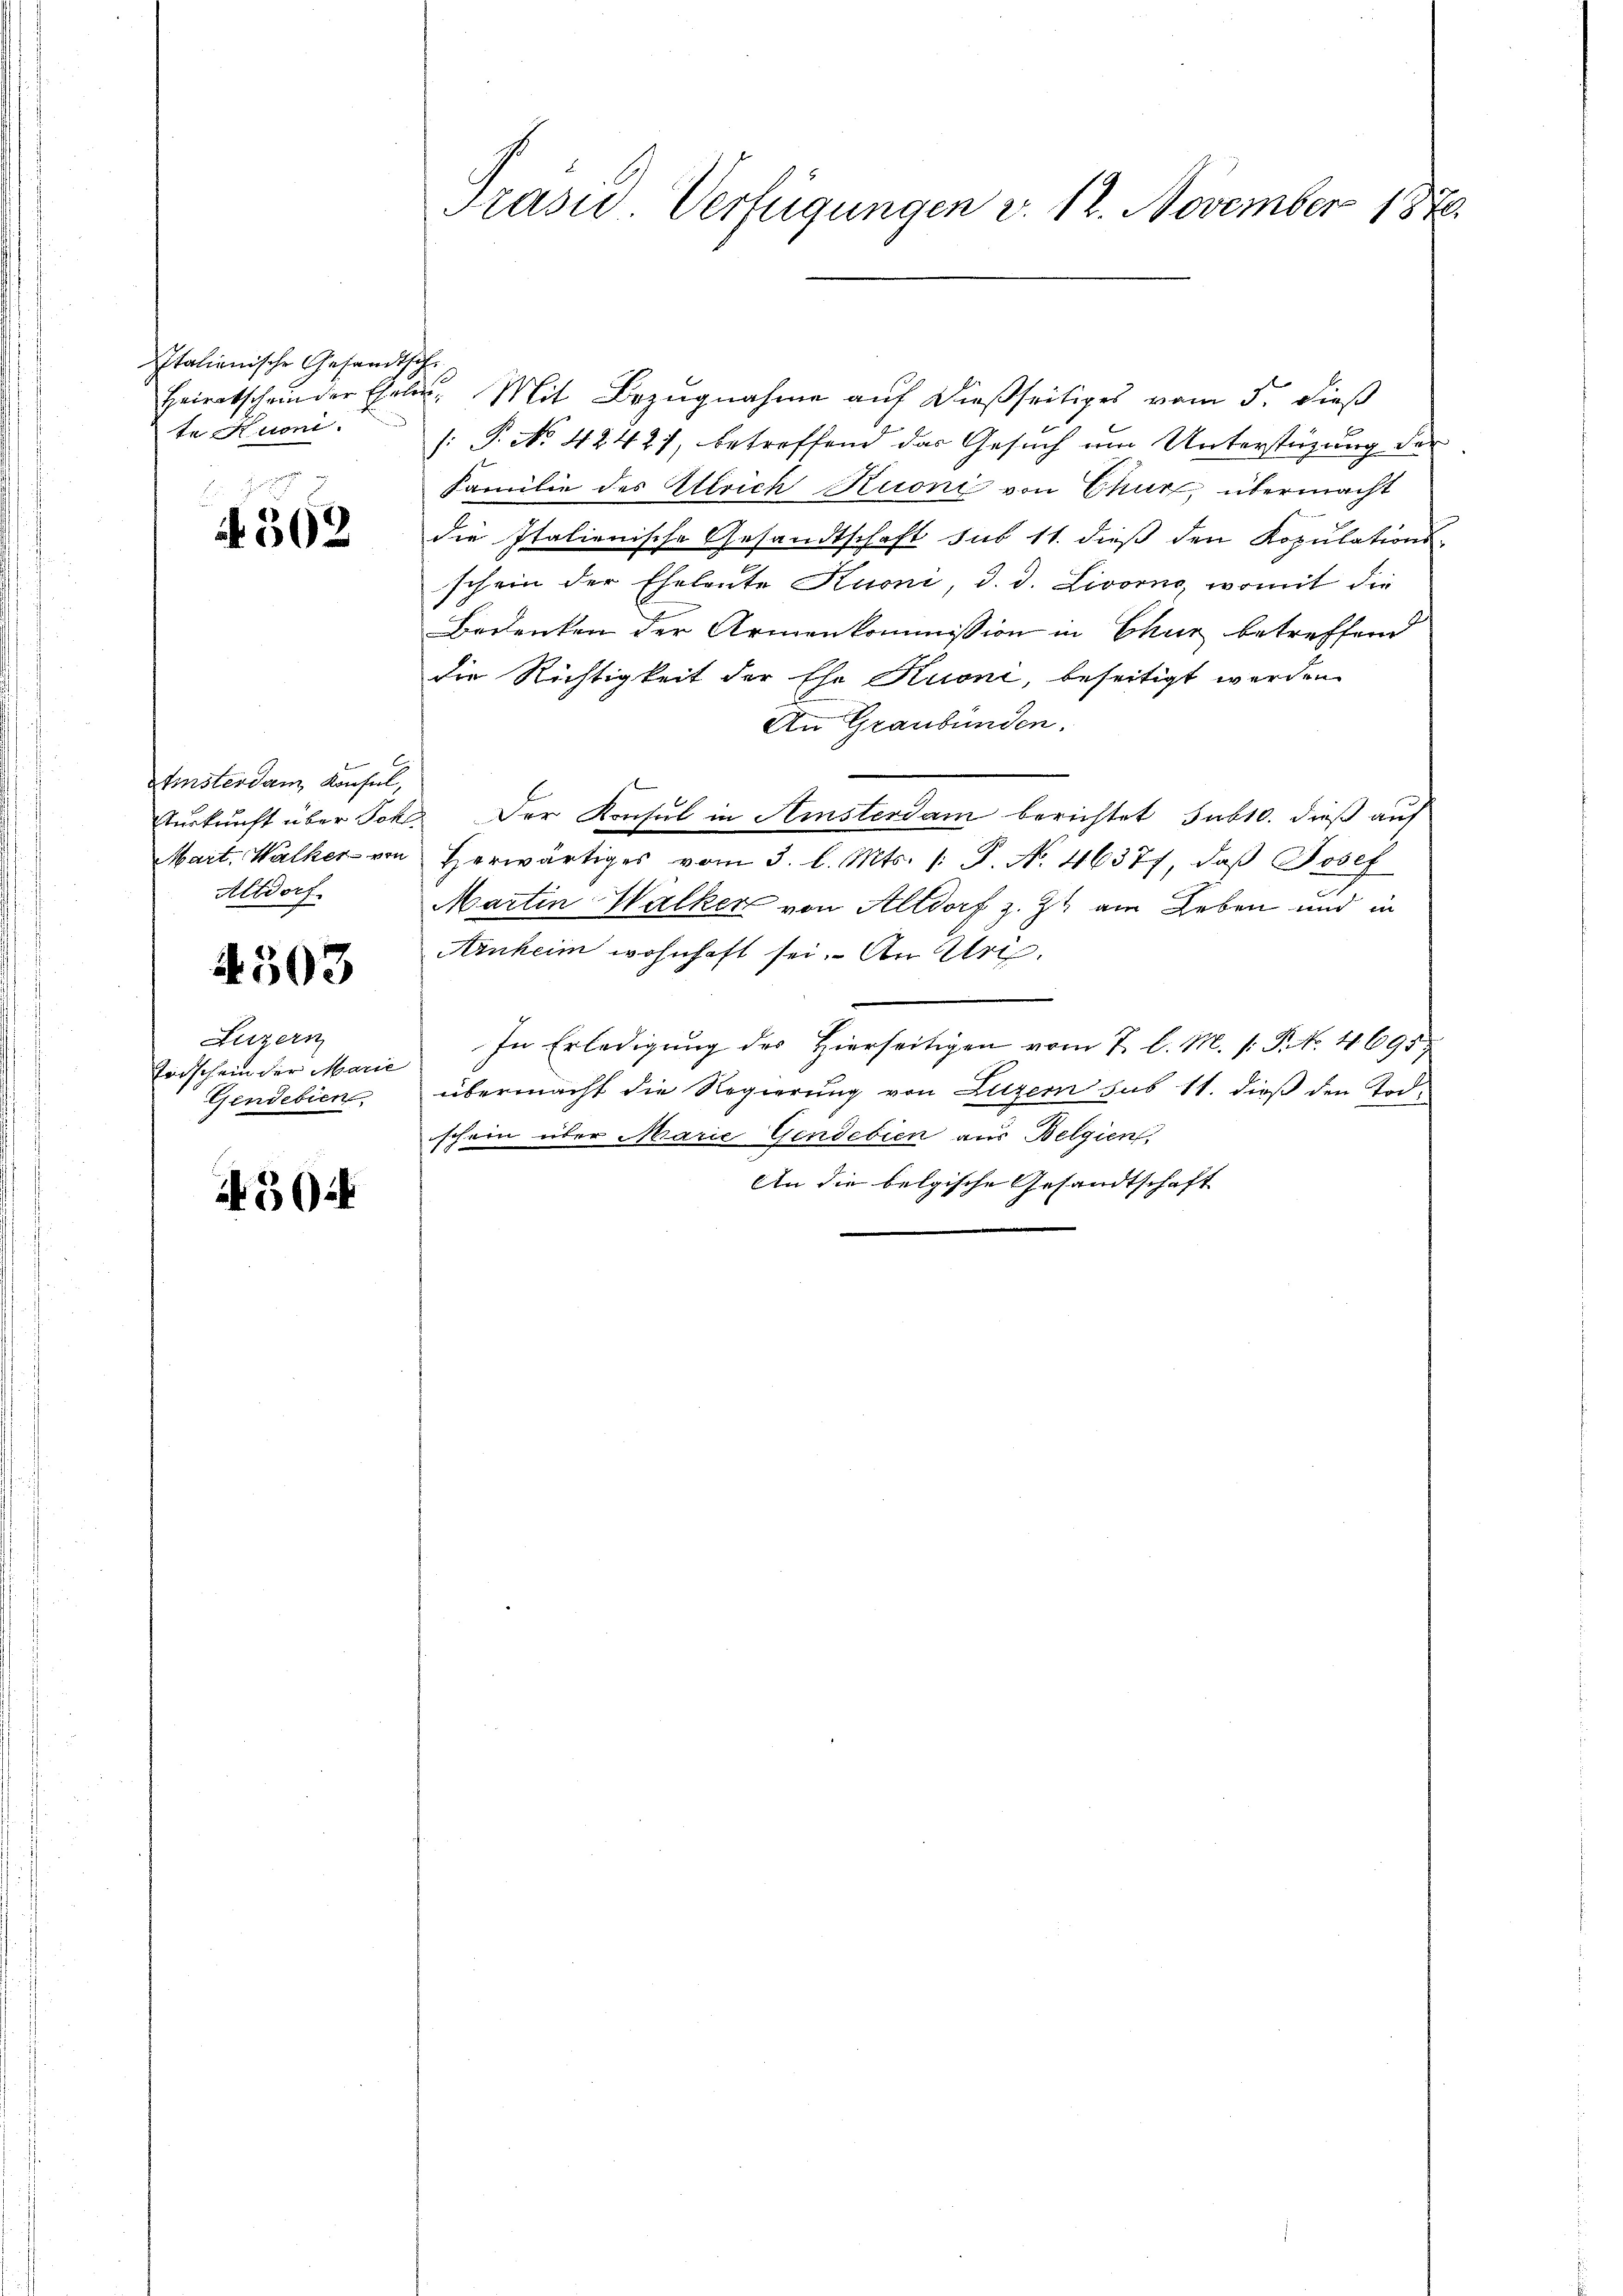
Italienische Gesandtsche
te Mitten.

. 362

tinsterdam, Konsul,
Altdorf.

4503

Luzern
Torschein der Marie
Gende bien

504

Trasie Verfügungen v. 12. November 1870.

Heiratscheinder Eheler. Mit Bezugnahme auf dießseitiges vom 5. dieß
[: P. No 4242), betreffend das Gesuch um Unterstüzung der
Familie des Ellrich Krone von Chur, übermacht
die Italienische Gesandtschaft sub 11. dieß den Kopulations-
schein der Eheleute Kuoni, d. d. Livorno, womit die
Bedenken der Armenkommission in Chur betreffend
die Richtigkeit der Ehe Kuoni, beseitigt werden.
An Graubünden.
Auskunft über Joh. Der Konsul in Amsterdam berichtet subt. dieß auf
Mart. Walker von herwärtiges vom 3. l. Mts. /: P. Nr. 46377, daβ Josef
Martin Walker von Altdorf z. Zt. am Leben und in
Ainheim wohnhaft sei. An Uri,
In Erledigung des Hierseitigen vom 7. l. M. s. P. No. 4695
übermacht die Regierung von Luzern das 11. dieß den Todschein über Marie Gendabien aus Belgien,
An die belgische Gesandtschaft